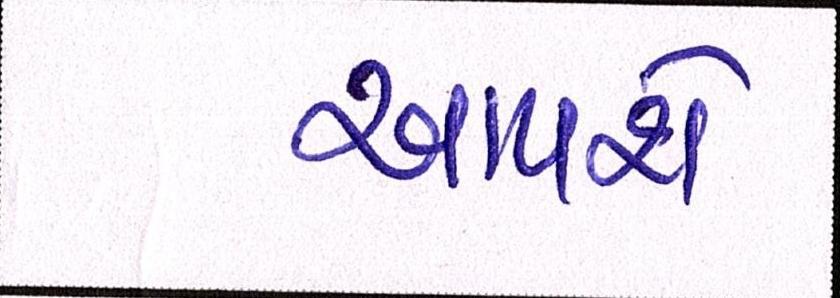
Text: આપશે